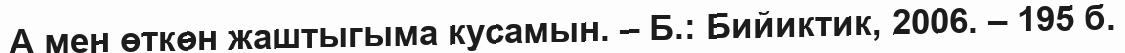
А мен өткөн жаштыгыма кусамын. – Б.: Бийиктик, 2006. – 195 б.